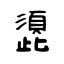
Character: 頾